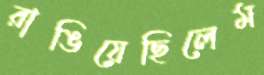
রাঙিয়েছিলেম